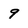
Character: 9